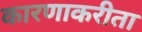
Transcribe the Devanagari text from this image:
कारणाकरीता